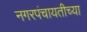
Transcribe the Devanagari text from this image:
नगरपंचायतीच्या